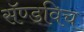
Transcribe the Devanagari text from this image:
सॅण्डविच